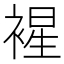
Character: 𧛟